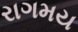
રાગમય